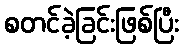
စတင်ခဲ့ခြင်းဖြစ်ပြီး